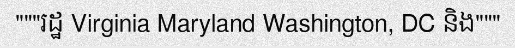
"""រដ្ឋ Virginia Maryland Washington, DC និង"""